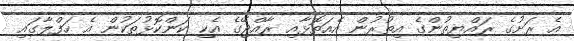
އެ ރަށުގެ ރައްޔިތުންގެ އިތުރުން އެއަތޮޅާއި ރާއްޖޭގެ އެކި ކަންކޮޅުތަކުން އެ ހަފްލާގައި